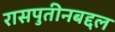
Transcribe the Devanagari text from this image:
रासपुतीनबद्दल